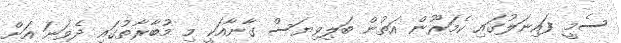
ސެމީ ފައިނަލުގައި ކެމަރޫން އަތުން ބަލިވިޔަސް ގާނާއަކީ މި މުބާރާތުގައި ދެވަނަ އަށް